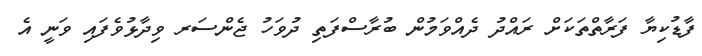
ފާޑުކިޔާ ފަރާތްތަކަށް ރައްދު ދެއްވަމުން ބުރާސްފަތި ދުވަހު ޖެންސަރ ވިދާޅުވެފައި ވަނީ އެ